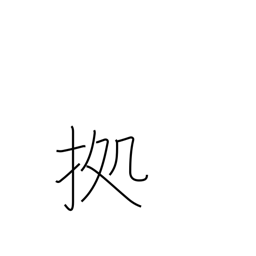
Meaning: follow